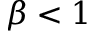
\beta < 1